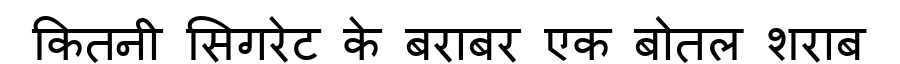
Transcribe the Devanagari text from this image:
कितनी सिगरेट के बराबर एक बोतल शराब